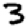
Digit: 3